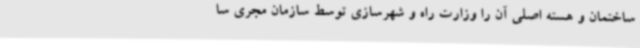
ساختمان و هسته اصلی آن را وزارت راه و شهرسازی توسط سازمان مجری سا